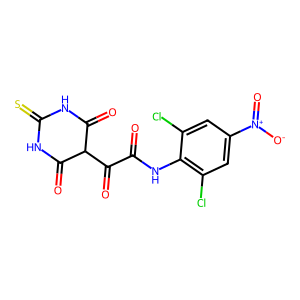
SMILES: O=C(Nc1c(Cl)cc([N+](=O)[O-])cc1Cl)C(=O)C1C(=O)NC(=S)NC1=O
Inhibits HIV replication: No